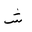
Letter: _shin